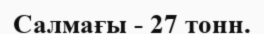
Салмағы - 27 тонн.